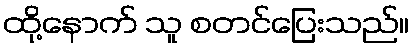
ထို့နောက် သူ စတင်ပြေးသည်။